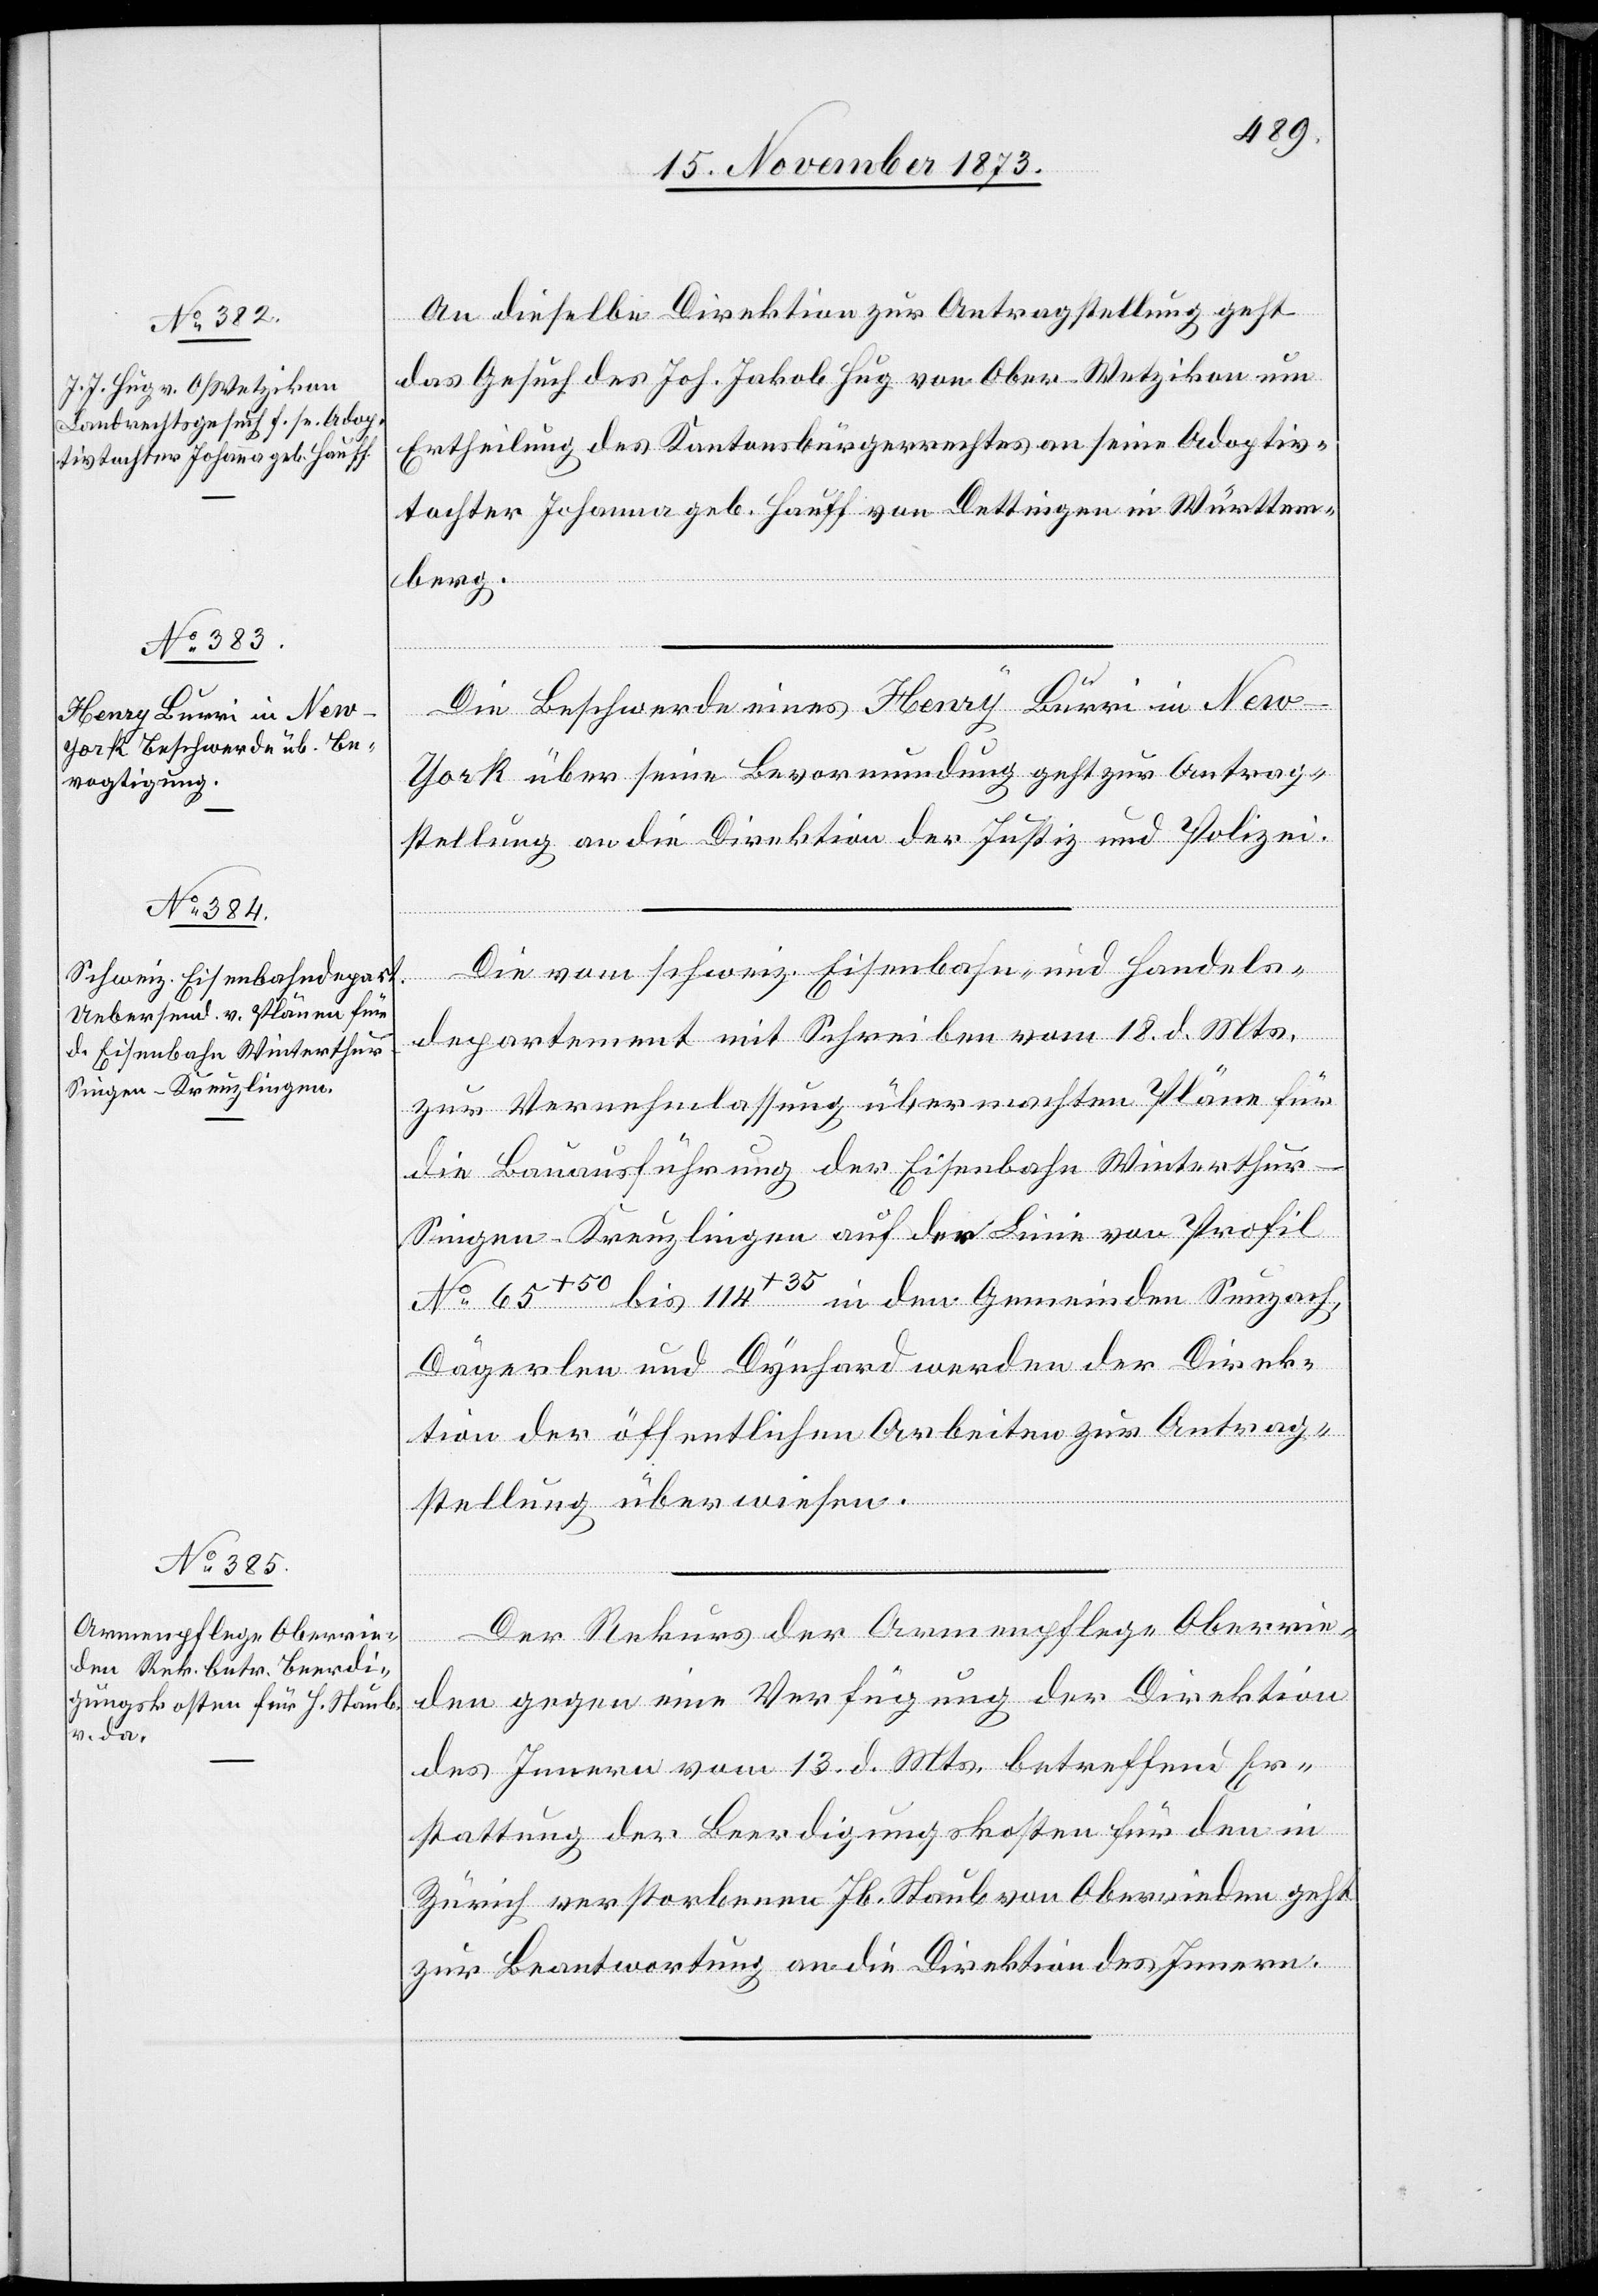
20. November 1873.]
An dieselbe Direktion zur Antragstellung geht
das Gesuch des Joh. Jakob Hug von Ober-Wetzikon um
Ertheilung des Kantonsbürgerrechtes an seine Adoptiv¬
tochter Johanna geb. Hauff von Dettingen in Württem¬
berg.
Die Beschwerde eines Henry Burri in Ne¬
w-York über seine Bevormundung geht zur Antrag¬
stellung an die Direktion der Justiz und Polizei.
Die vom schweiz. Eisenbahn- und Handels¬
departement mit Schreiben vom 18. d. Mts.
zur Vernehmlassung übermachten Pläne für
die Bauausführung der Eisenbahn Winterthu¬
r–Singen–Kreuzlingen auf der Linie von Profil
No 65+50 bis 114+35 in den Gemeinden Seuzach,
Dägerlen und Dynhard werden der Direk¬
tion der öffentlichen Arbeiten zur Antrag¬
stellung überwiesen.
Der Rekurs der Armenpflege Oberrie¬
den gegen eine Verfügung der Direktion
des Innern vom 13. d. Mts. betreffend Er¬
stattung der Beerdigungskosten für den in
Zürich verstorbenen Jb. [sic!] Staub von Oberrieden geht
zur Beantwortung an die Direktion des Innern.